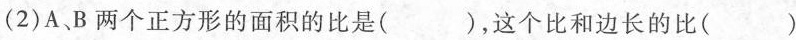
(2)A、B两个正方形的面积的比是( )，这个比和边长的比()